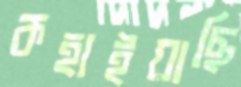
কহাইয়াছি